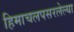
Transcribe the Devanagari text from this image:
हिमाचलपसरलेल्या